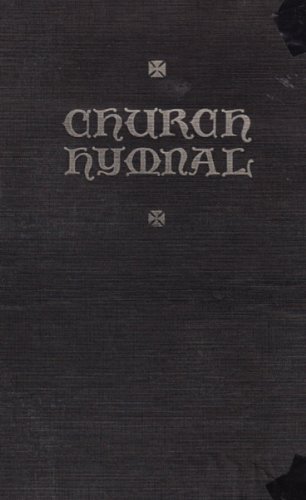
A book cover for The Church Hymnal (The Official Hymnal of the Seventh-day Adventist Church); General Conference Committee; Christian Books & Bibles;